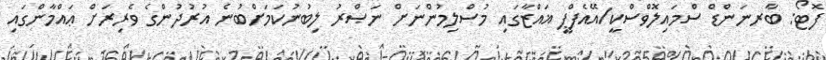
ފޮޓޯ: ބާރނަންޑް ސްމައިލޮވްސްކީ/އޭއެފްޕީ ޣައްޒާގައި މުސްލިމުންނަށް ނަޞްރު ލިބުނުކަމަށްބުނެ އުރުދުންގެ ވެރިރަށް ޢައްމާންގައި